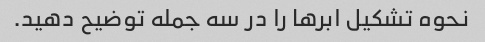
نحوه تشکیل ابرها را در سه جمله توضیح دهید.